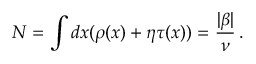
N = \int d x ( \rho ( x ) + \eta \tau ( x ) ) = { \frac { | \beta | } { \nu } } \, .